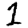
Digit: 1